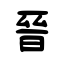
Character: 晉